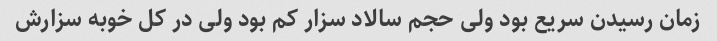
زمان رسیدن سریع بود ولی حجم سالاد سزار کم بود ولی در کل خوبه سزارش